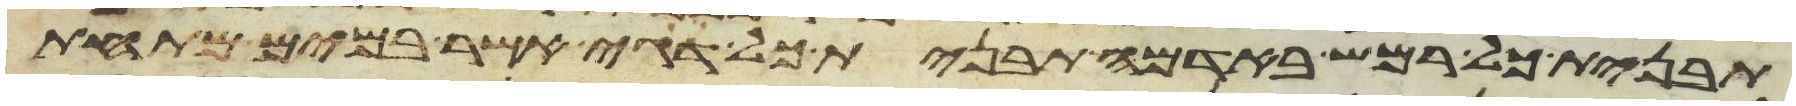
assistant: תבנית כל רמש באדמה תבנית כל דגי אשר במים מתחת